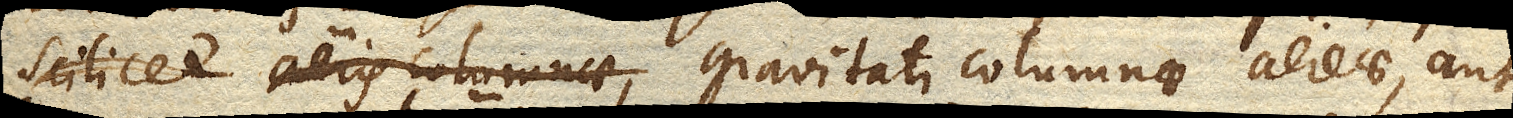
scilicet aeris columnae, gravitati columnae aereae, aut